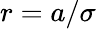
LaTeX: r=a/\sigma